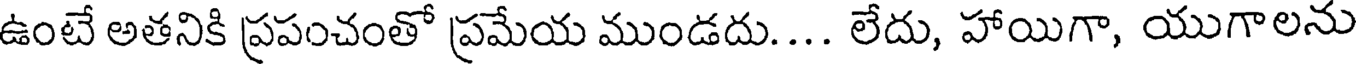
ఉంటే అతనికి ప్రపంచంతో ప్రమేయ ముండదు.... లేదు, హాయిగా, యుగాలను